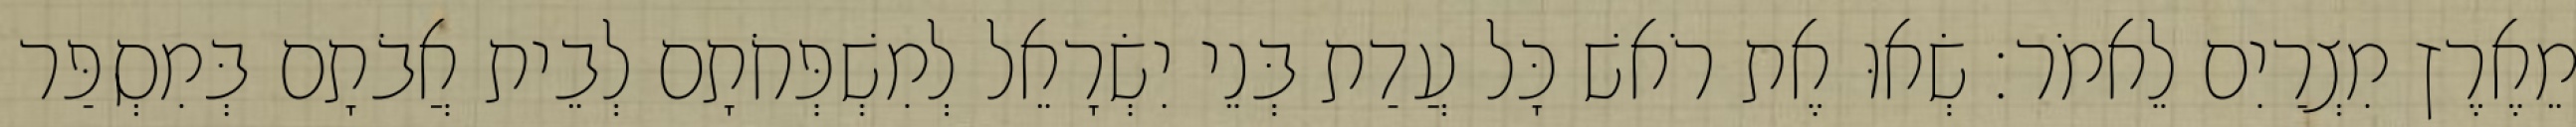
מֵאֶרֶץ מִצְרַיִם לֵאמֹר׃ שְׂאוּ אֶת רֹאשׁ כָּל עֲדַת בְּנֵי יִשְׂרָאֵל לְמִשְׁפְּחֹתָם לְבֵית אֲבֹתָם בְּמִסְפַּר